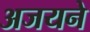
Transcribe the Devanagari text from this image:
अजयने